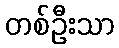
တစ်ဦးသာ